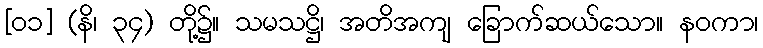
[၀၁] (နိ၊ ၃၄) တို့၌။ သမသဋ္ဌိ၊ အတိအကျ ခြောက်ဆယ်သော။ နဝကာ၊